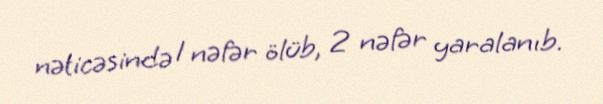
nəticəsində 1 nəfər ölüb, 2 nəfər yaralanıb.